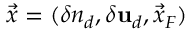
\vec { x } = ( \delta n _ { d } , \delta \mathbf { u } _ { d } , \vec { x } _ { F } )